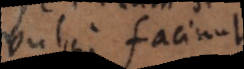
vulgo faciunt